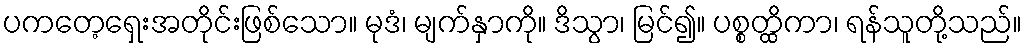
ပကတေ့ရှေးအတိုင်းဖြစ်သော။ မုဒံ၊ မျက်နှာကို။ ဒိသွာ၊ မြင်၍။ ပစ္စတ္ထိကာ၊ ရန်သူတို့သည်။